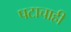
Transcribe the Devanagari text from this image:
पटाचाही